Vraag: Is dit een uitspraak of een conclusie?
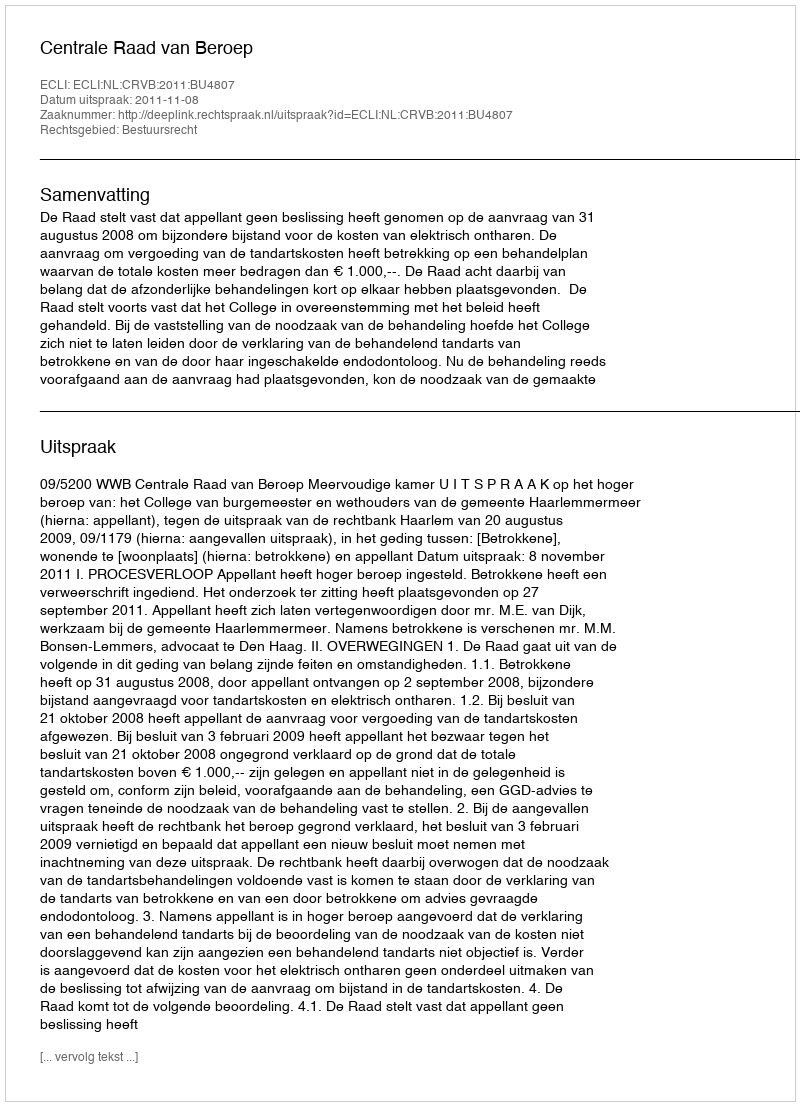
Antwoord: Uitspraak